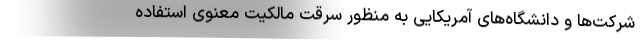
شرکت‌ها و دانشگاه‌های آمریکایی به منظور سرقت مالکیت معنوی استفاده